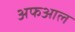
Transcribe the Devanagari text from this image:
अफआल